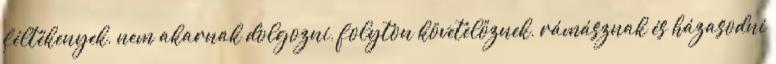
féltékenyek, nem akarnak dolgozni, folyton követelőznek, rámásznak és házasodni